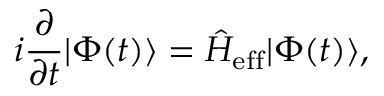
i \frac { \partial } { \partial t } | \Phi ( t ) \rangle = \hat { H } _ { \mathrm { e f f } } | \Phi ( t ) \rangle ,